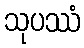
သုပဿံ